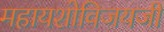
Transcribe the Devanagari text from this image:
महायशोविजयजी